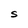
Character: S